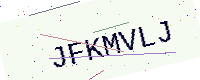
Text: JFKMVLJ